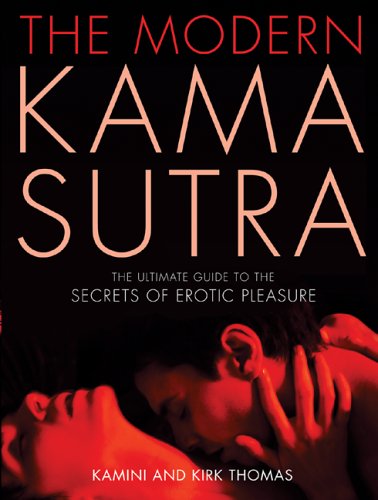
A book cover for The Modern Kama Sutra: The Ultimate Guide to the Secrets of Erotic Pleasure; Kamini Thomas; Self-Help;